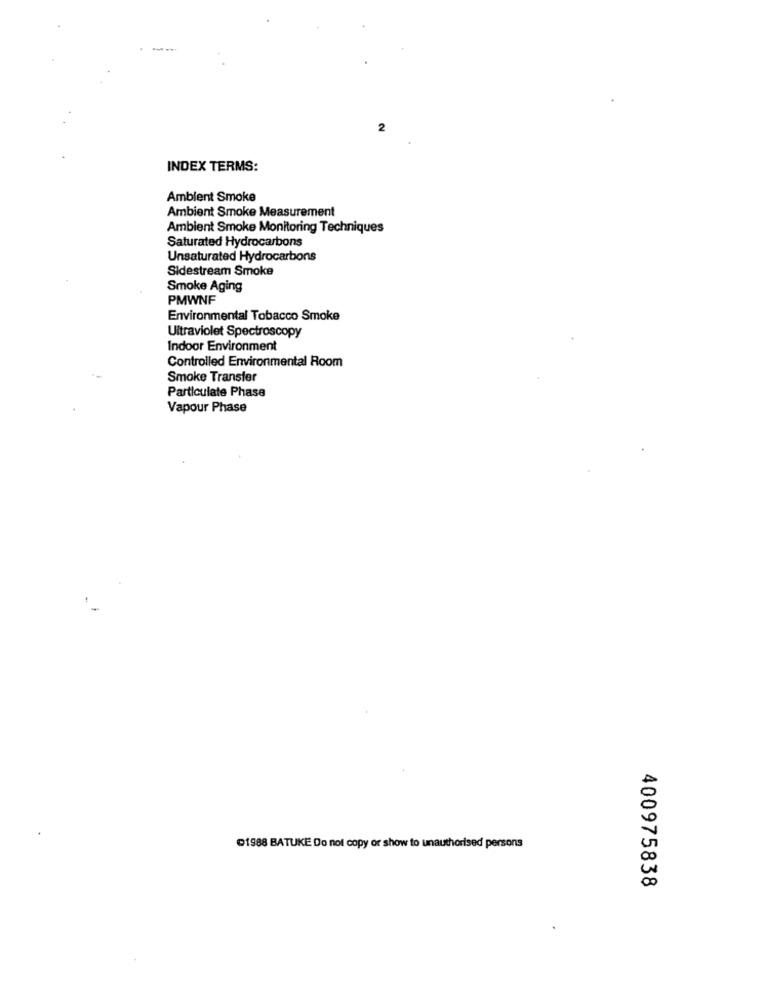
2
INDEX TERMS:
Ambient Smoke
Ambient Smoke Measurement
Ambient Smoke Monitoring Techniques
Saturated Hydrocarbons
Unsaturated Hydrocarbons
Sidestream Smoke
Smoke Aging
PMWNF
Environmental Tobacco Smoke
Ultraviolet Spectroscopy
Indoor Environment
Controlled Environmental Room
Smoke Transfer
Particulate Phase
Vapour Phase
1988 BATUKE Do not copy or show to unauthorised persons
400975838